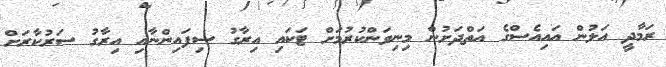
ރަމާދީ އަލުން އައިއެސްގެ އަތްދަށުން މިނިވަންކުރުމަށް ޓަކައި އިރާގު ސިފައިންނާއި އިރާގު ސަރުކާރަށް